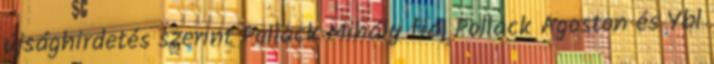
újsághirdetés szerint Pollack Mihály fia, Pollack Ágoston és Ybl